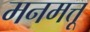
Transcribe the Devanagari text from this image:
मनमत्तू